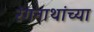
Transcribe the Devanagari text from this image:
रंगनाथांच्या